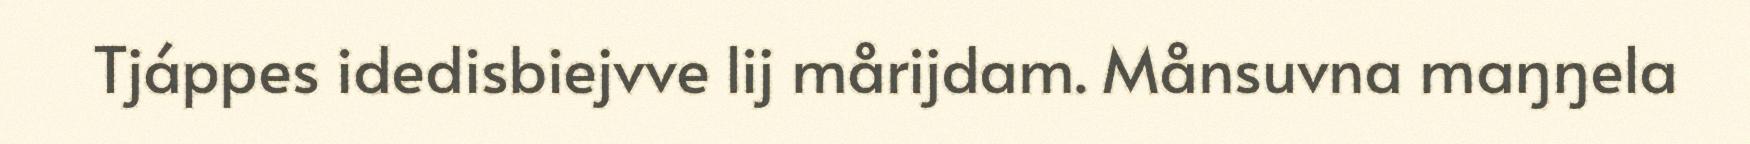
Tjáppes idedisbiejvve lij mårijdam. Månsuvna maŋŋela